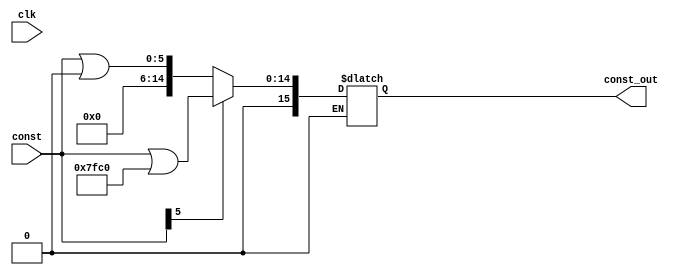
module signextend(clk,const,const_out);
 input clk;
 input [5:0] const;
 reg [15:0] const_internal;
 output [15:0] const_out;
 
 always@(*)
 begin
 if(const[5]==0)
 const_internal<=const|16'h0000;
 else if(const[5]==1)
 const_internal<=const|32704;
 end
 assign const_out=const_internal;
 endmodule